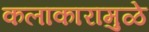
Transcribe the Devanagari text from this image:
कलाकारामुळे